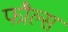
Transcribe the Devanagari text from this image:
फौल्स